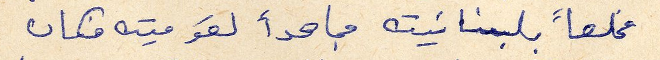
مخلصاً بلبنانيته مجاهداً لقوميته فكان